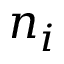
n _ { i }